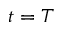
t = T